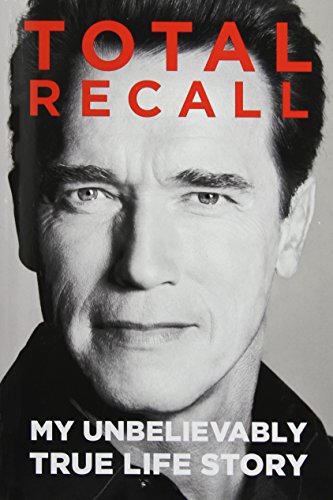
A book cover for Total Recall: My Unbelievably True Life Story; Arnold Schwarzenegger; Humor & Entertainment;